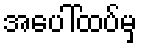
အပေါ်ထပ်မှ